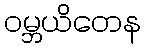
ဝမ္ဘယိတေန